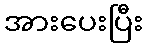
အားပေးပြီး